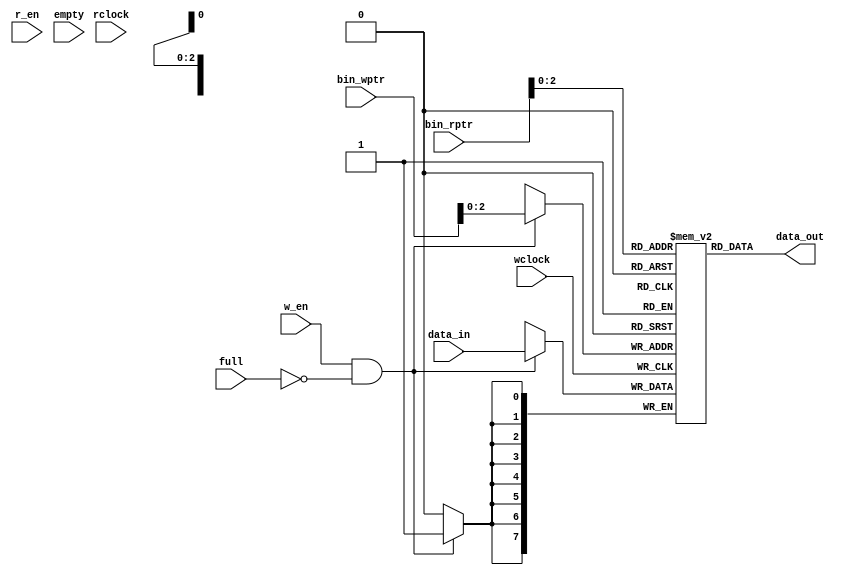
module fifo_mem #(parameter DEPTH=8, DATA_WIDTH=8, PTR_WIDTH=3) (
  input wclock, w_en, rclock, r_en,
  input [PTR_WIDTH:0] bin_wptr, bin_rptr,
  input [DATA_WIDTH-1:0] data_in,
  input full, empty,
  output reg [DATA_WIDTH-1:0] data_out
);
  reg [DATA_WIDTH-1:0] fifo[0:DEPTH-1];
  
  always@(posedge wclock) begin
    if(w_en & !full) begin
      fifo[bin_wptr[PTR_WIDTH-1:0]] <= data_in;
    end
  end
  
  /* always@(posedge rclock) begin
    if(r_en & !empty) begin
      data_out <= fifo[bin_rptr[PTR_WIDTH-1:0]];
    end
  end  */
  assign data_out = fifo[bin_rptr[PTR_WIDTH-1:0]];
  
endmodule